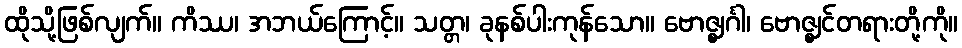
ထိုသို့ဖြစ်လျက်။ ကိဿ၊ အဘယ်ကြောင့်။ သတ္တ၊ ခုနစ်ပါးကုန်သော။ ဗောဇ္ဈင်္ဂါ၊ ဗောဇ္ဈင်တရားတို့ကို။